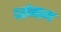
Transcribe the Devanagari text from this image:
दर्शनात्म